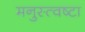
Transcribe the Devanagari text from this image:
मनुस्त्वष्टा